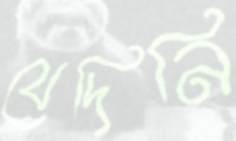
যেদিনি